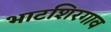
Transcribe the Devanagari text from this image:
भाटशिरगाव